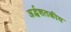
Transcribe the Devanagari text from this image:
अर्द्धशतकीय